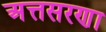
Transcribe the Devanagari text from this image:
अत्तसरणा